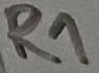
Text: R1